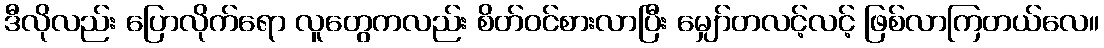
ဒီလိုလည်း ပြောလိုက်ရော လူတွေကလည်း စိတ်ဝင်စားလာပြီး မျှော်တလင့်လင့် ဖြစ်လာကြတယ်လေ။